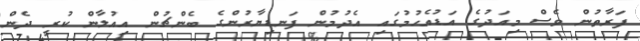
ފަރާތުން ވެސް މިއަދުގެ އަޑުއެހުމުގައި އެދުމުން ފަނޑިޔާރުންގެ ބެންޗުން އިއުލާން ކުރީ ދެން